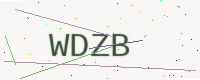
Text: WDZB